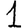
Digit: 1